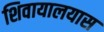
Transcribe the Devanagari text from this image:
शिवायालयास